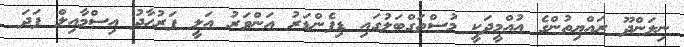
ނިލަންދޫ ރައްޔިތުންގެ އުއްމީދަކީ މުސްތަގްބަލުގައި ޑިފެންޑަރު އަންވަރު އަލީ ފަރުހާދު އިސްމާއިލް ފަދަ